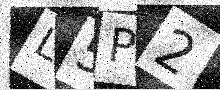
Text: L5P2